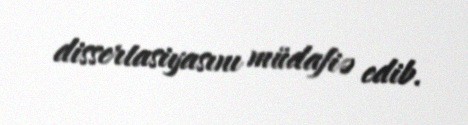
dissertasiyasını müdafiə edib.